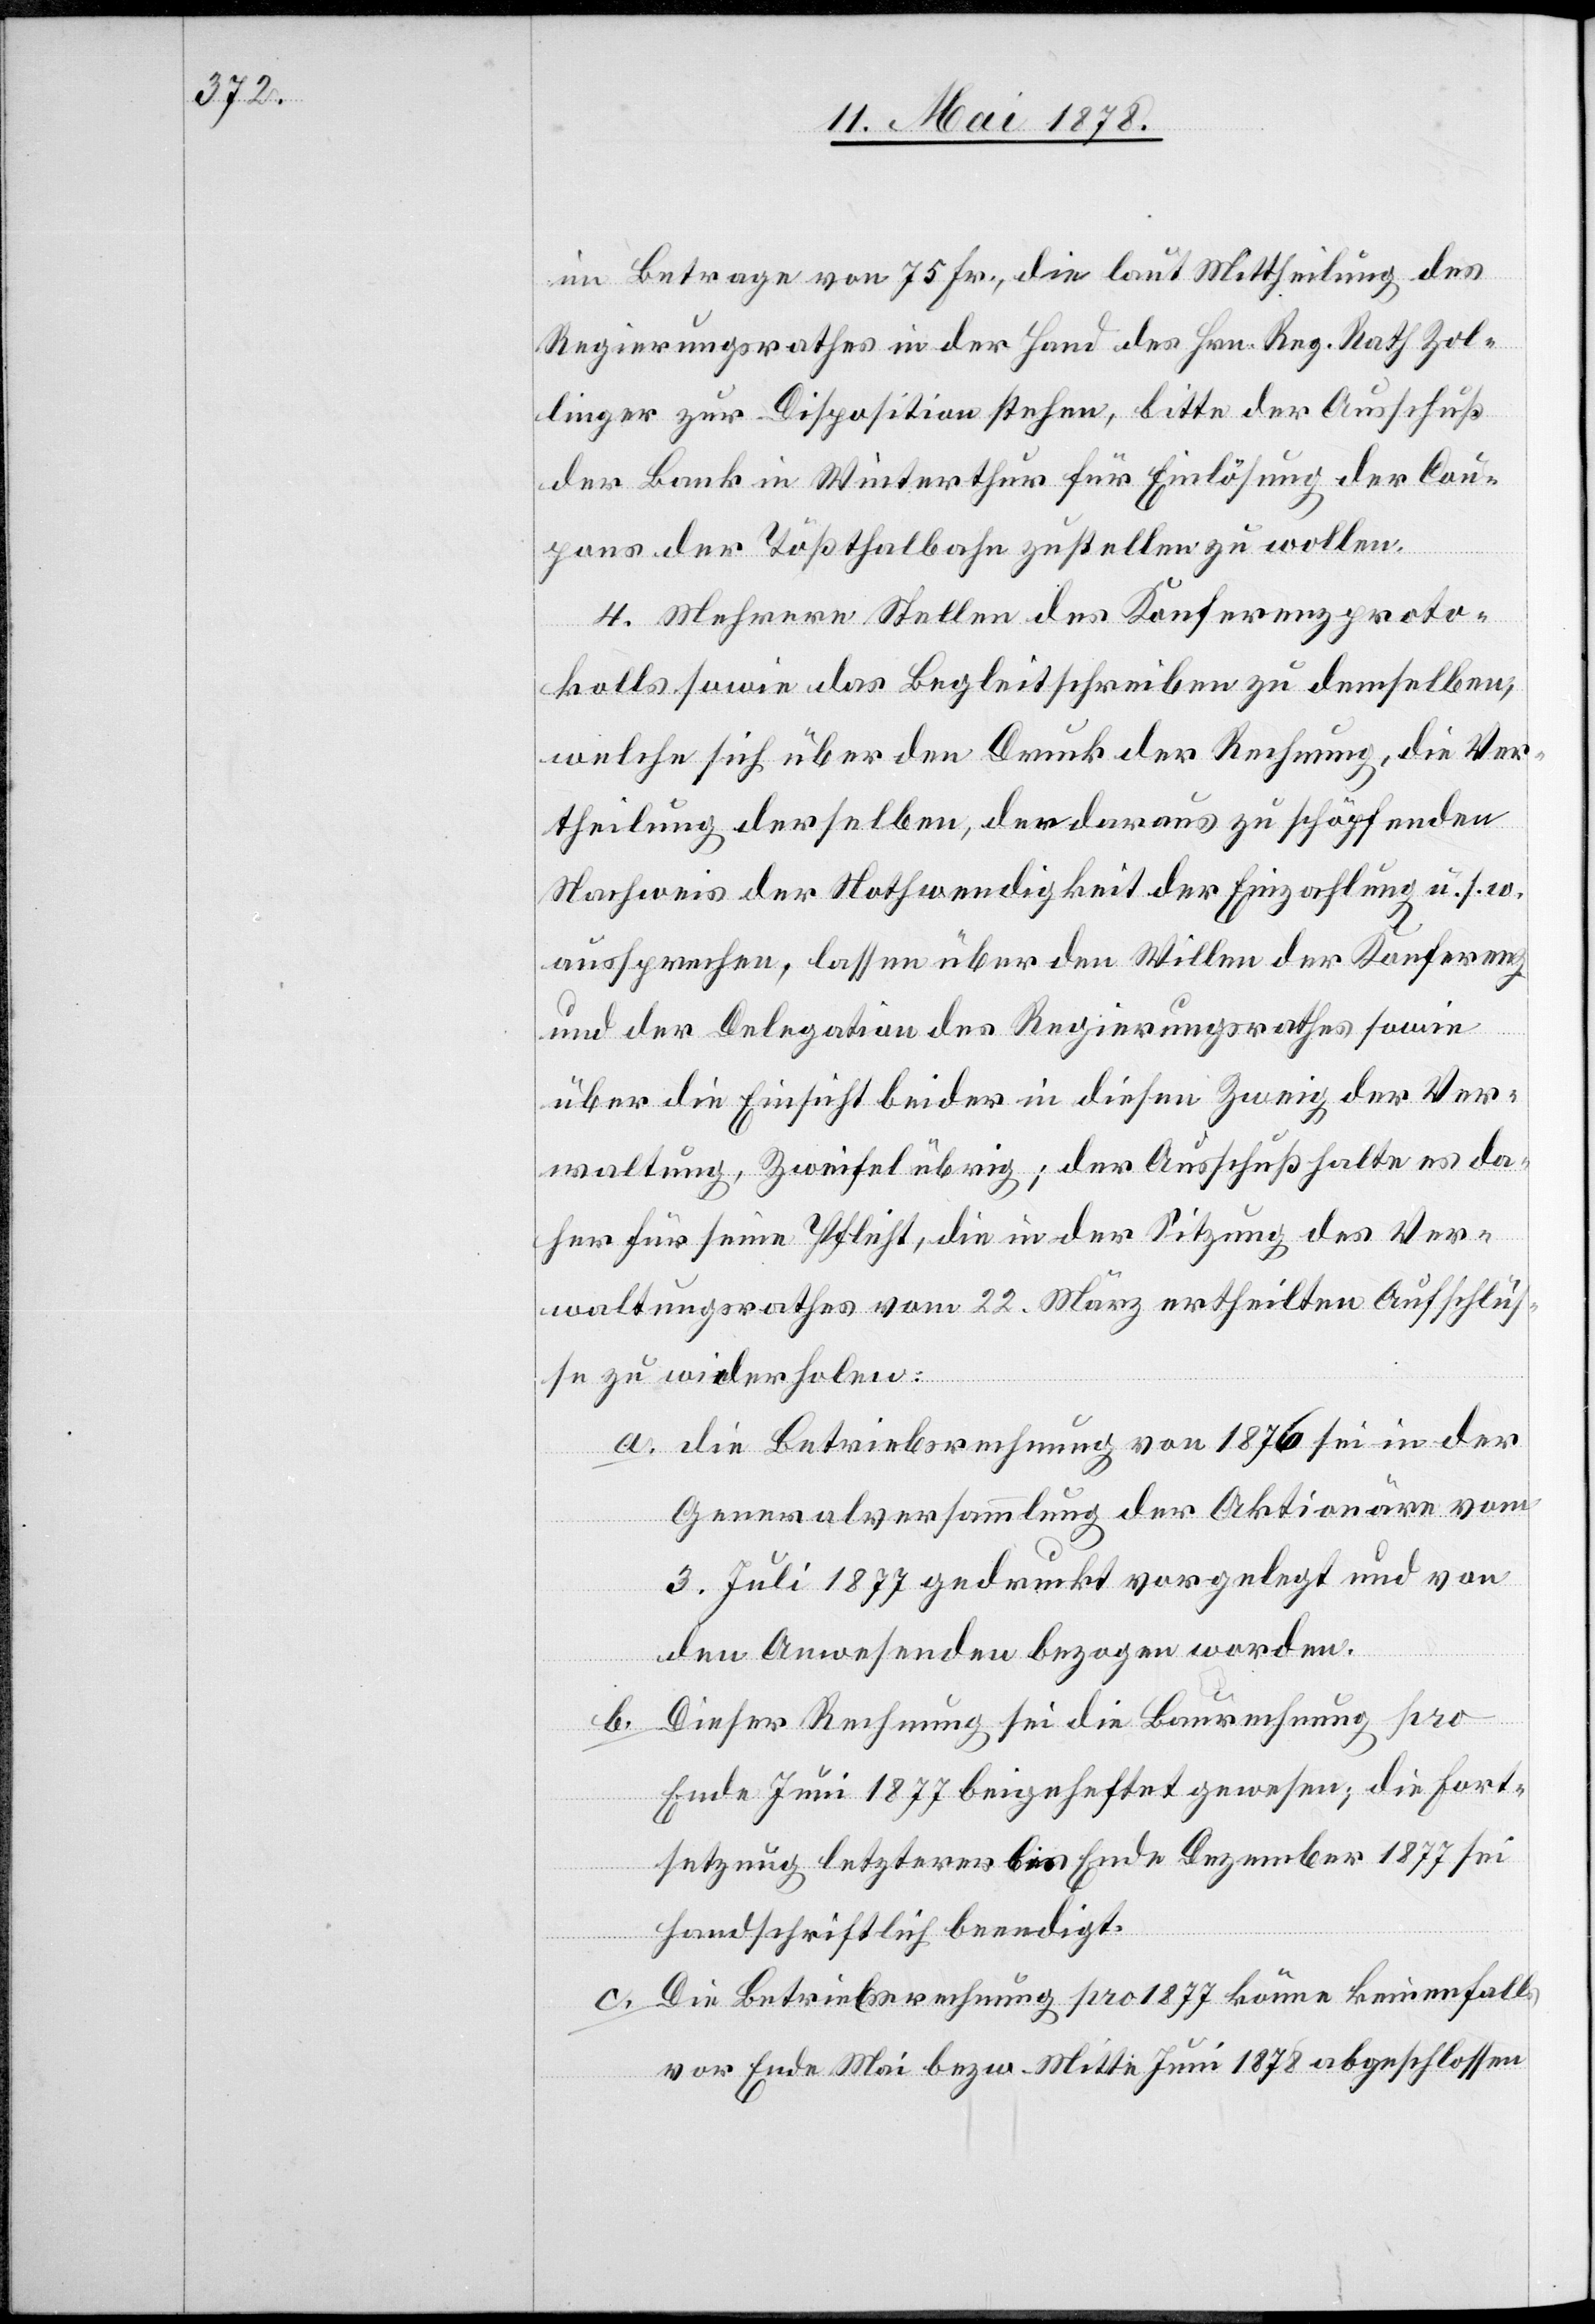
im Betrage von 75 Fr., die laut Mittheilung des
Regierungsrathes in der Hand des Hrn. Reg. Rath Zol¬
linger zur Disposition stehen, bitte der Ausschuß
der Bank in Winterthur für Einlösung der Cou¬
pons der Tößthalbahn zustellen zu wollen.
4. Mehrere Stellen des Konferenzproto¬
kolls sowie das Begleitschreiben zu demselben,
welcher sich über den Druck der Rechnung, die Ver¬
theilung derselben, der durchaus zu schöpfenden
Nachweis der Nothwendigkeit der Einzahlung u. s. w.
aussprechen, lassen über den Willen der Konferenz
und der Delegation des Regierungsrathes sowie
über die Einsicht beider in diesen Zweig der Ver¬
waltung, Zweifel übrig, der Ausschuß halte es da¬
her für seine Pflicht, die in der Sitzung der Ver¬
waltungsrathes vom 22. März ertheilten Auschlüs¬
se zu wiederholen.
die Betriebsrechnung von 1876 sei in der
Generalversammlung der Aktionäre vom
3. Juli 1877 gedruckt vorgelegt und von
den Anwesenden bezogen worden.
Dieser Rechnung sei die Baurechnung pro
Ende Juni 1877 beigeheftet gewesen; die Fort¬
setzung letzterer bis Ende Dezember 1877 sei
handschriftlich beendigt.
Die Betriebsrechnung pro 1877 könne keinenfalls
bevor Ende Mai bezw. Mitte Juni 1878 abgeschlossen